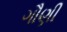
ગૌણી